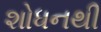
શોધનથી